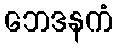
ဘေဒနကံ